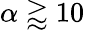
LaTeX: \alpha\gtrapprox 10